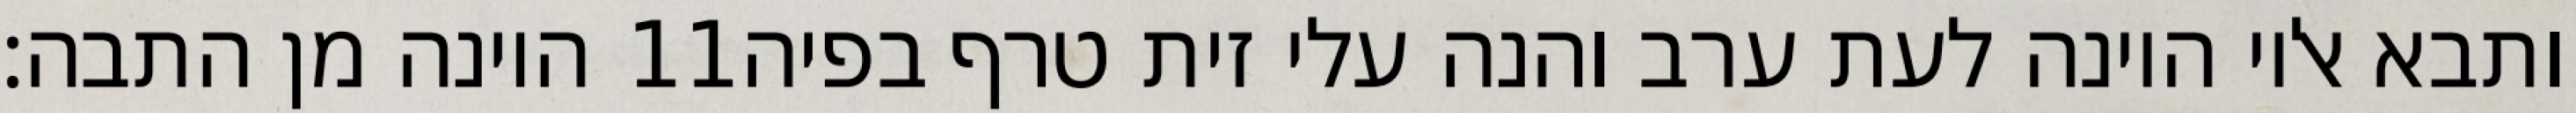
היונה מן התבה׃ ‎11‏ ותבא אליו היונה לעת ערב והנה עלי זית טרף בפיה